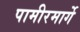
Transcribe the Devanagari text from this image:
पामीरमार्गे